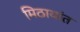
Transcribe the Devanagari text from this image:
मिठायांत